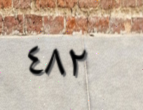
٤٨٢